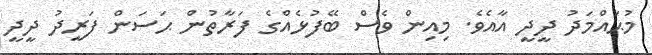
މުޙައްމަދު ދީދީ އާއެވެ. މިއިން ވެސް ބޭފުޅެއްގެ ފަރާތުން ޙަސަން ފަރީދު ދީދީ